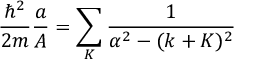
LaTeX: { \frac { \hbar ^ { 2 } } { 2 m } } { \frac { a } { A } } = \sum _ { K } { \frac { 1 } { \alpha ^ { 2 } - ( k + K ) ^ { 2 } } }